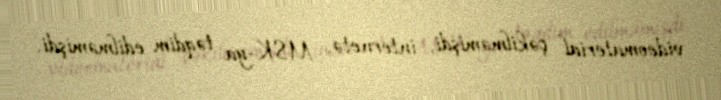
videomaterial çəkilməmişdi, internetə, MSK-ya təqdim edilməmişdi.